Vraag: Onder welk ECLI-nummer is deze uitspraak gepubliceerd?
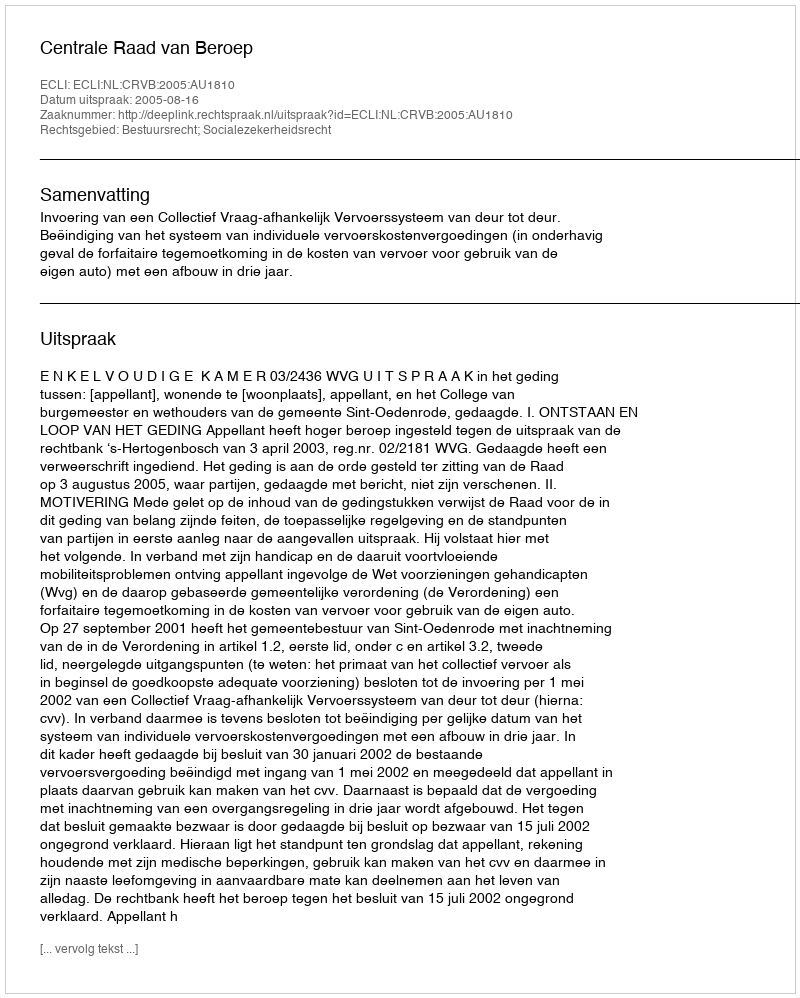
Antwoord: ECLI:NL:CRVB:2005:AU1810